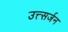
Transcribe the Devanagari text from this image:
उत्त्सर्जन